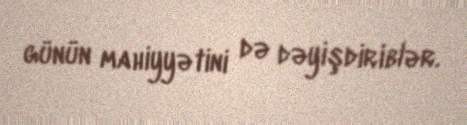
günün mahiyyətini də dəyişdiriblər.